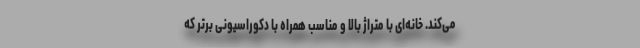
می‌کند. خانه‌ای با متراژ بالا و مناسب همراه با دکوراسیونی برتر که